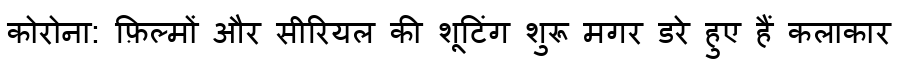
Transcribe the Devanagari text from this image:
कोरोना: फ़िल्मों और सीरियल की शूटिंग शुरू मगर डरे हुए हैं कलाकार